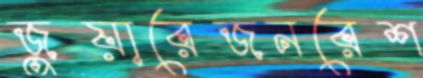
জুয়ারেজনরেশ